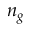
n _ { g }